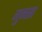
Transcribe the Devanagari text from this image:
गुनसा